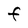
Character: F